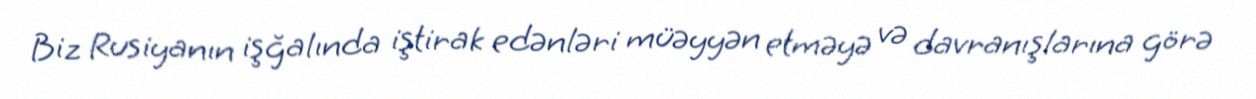
Biz Rusiyanın işğalında iştirak edənləri müəyyən etməyə və davranışlarına görə